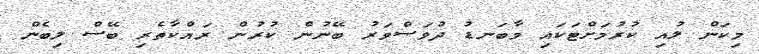
މިކަން ލުއި ކުރުމަށްޓަކައި މާބަނޑު ދުވަސްވަރު ބޭނުން ކުރުން ރައްކާތެރި ބޭސް ލިބެން